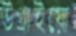
উগ্‌রাইয়ো